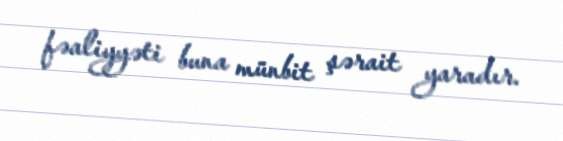
fəaliyyəti buna münbit şərait yaradır.